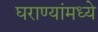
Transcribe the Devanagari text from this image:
घराण्यांमध्ये